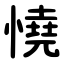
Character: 憢